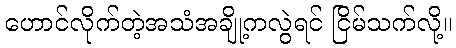
ဟောင်လိုက်တဲ့အသံအချို့ကလွဲရင် ငြိမ်သက်လို့။